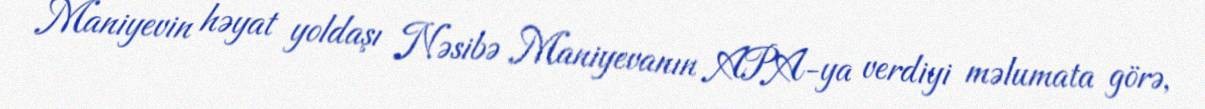
Maniyevin həyat yoldaşı Nəsibə Maniyevanın APA-ya verdiyi məlumata görə,